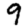
Digit: 9